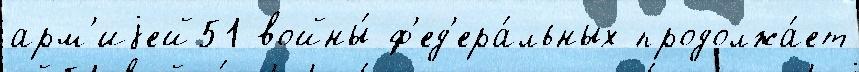
арм'иjей51 войны́ ф'ед'ера́льных продолжа́ет